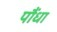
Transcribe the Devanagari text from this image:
पौंधा